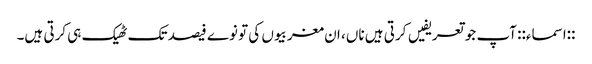
::اسماء:: آپ جو تعریفیں کرتی ہیں ناں، ان مغربیوں کی تو نوے فیصد تک ٹھیک ہی کرتی ہیں۔